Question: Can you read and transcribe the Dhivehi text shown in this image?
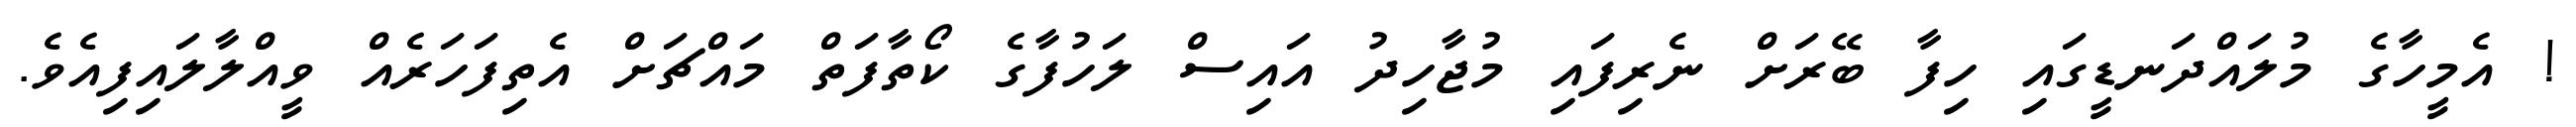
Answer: ! އެމީހާގެ މުލައްދަނޑީގައި ހިފާ ބޭރަށް ނެރިފައި މުޖާހިދު އައިސް ލަހުފާގެ ކޯތާފަތް މައްޗަށް އެތިފަހަރެއް ވީއްލާލައިފިއެވެ.